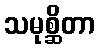
သမုစ္ဆိတာ